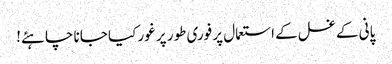
پانی کے غسل کے استعمال پر فوری طور پر غور کیا جانا چاہئے!